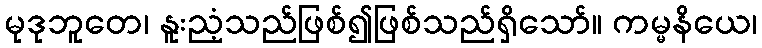
မုဒုဘူတေ၊ နူးညံ့သည်ဖြစ်၍ဖြစ်သည်ရှိသော်။ ကမ္မနိယေ၊